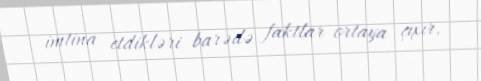
imtina etdikləri barədə faktlar ortaya çıxır.